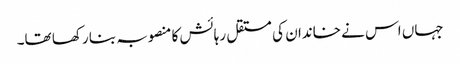
جہاں اس نے خاندان کی مستقل رہائش کا منصوبہ بنا رکھا تھا۔